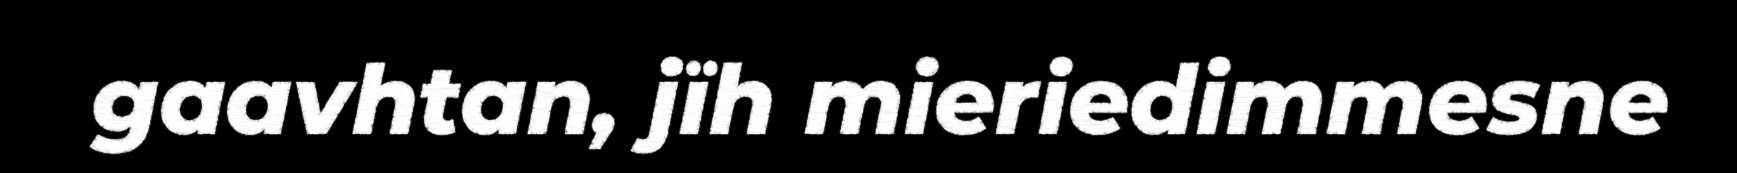
gaavhtan, jïh mieriedimmesne